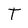
Character: T